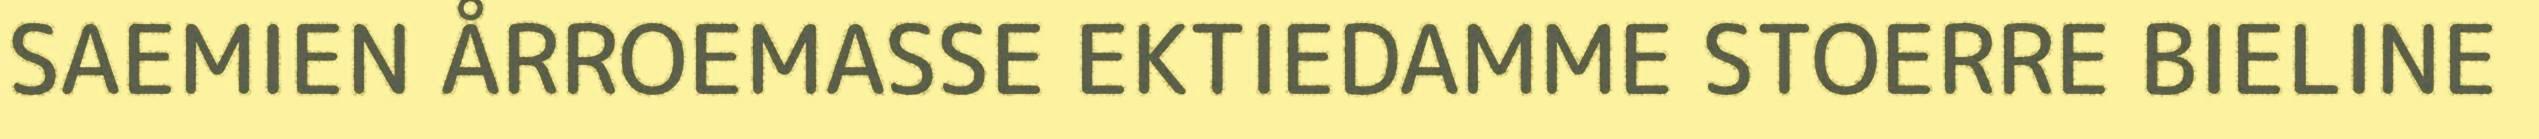
SAEMIEN ÅRROEMASSE EKTIEDAMME STOERRE BIELINE